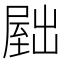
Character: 𫥫